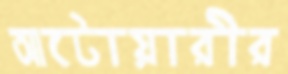
আটোয়ারীর